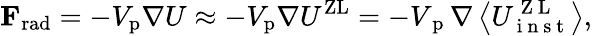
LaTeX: \mathbf{F}_{\mathrm{rad}}=-V_{\mathrm{p}}\nabla U\approx-V_{\mathrm{p}}\nabla U^{\mathrm{ZL}}=-V_{\mathrm{~p~}}\nabla\left\langle U_{\mathrm{~i~n~s~t~}}^{\mathrm{~Z~L~}}\right\rangle,